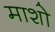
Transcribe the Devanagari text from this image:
माशो